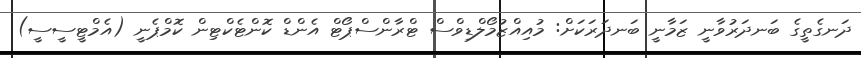
ދަނގެތީގެ ބަނދަރުވާނީ ޒަމާނީ ބަނދަރަކަށް: މުއިއްޒުމޯލްޑިވްސް ޓްރާންސްޕޯޓް އެންޑް ކޮންޓެކްޓިން ކޮމްޕެނީ (އެމްޓީސީސީ)